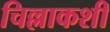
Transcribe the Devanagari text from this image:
चिल्लाकशी